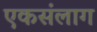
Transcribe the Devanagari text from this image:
एकसंलाग